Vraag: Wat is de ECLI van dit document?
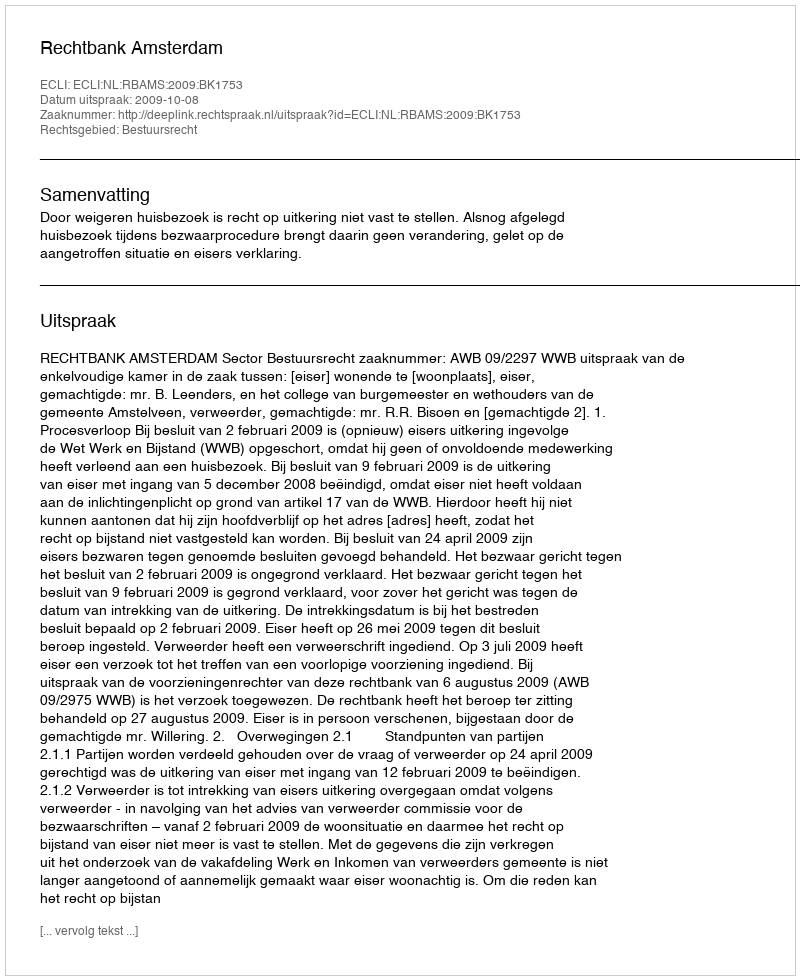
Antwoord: ECLI:NL:RBAMS:2009:BK1753